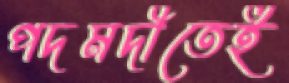
পদমদীতেই